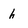
Character: h